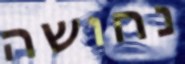
נחושה